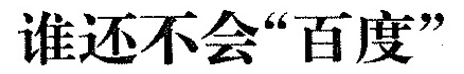
谁还不会”百度”